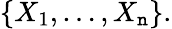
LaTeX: \{ X_{1},\dots,X_{\mathtt{n}}\} .